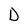
Character: D